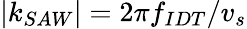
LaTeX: |k_{SAW}|=2\pi f_{IDT}/v_{s}